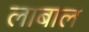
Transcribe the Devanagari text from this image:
लाबाल